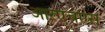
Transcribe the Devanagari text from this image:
आरएचएस